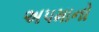
અપમાનો